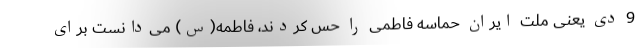
9 دی یعنی ملت ایران حماسه فاطمی را حس کردند، فاطمه(س) می‌دانست برای